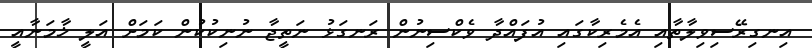
އިނގިރޭސިވިލާތާއި އެމެރިކާގައި އުފައްދާ ވެކްސިނުން ރަނގަޅު ނަތީޖާ ނުނިކުކުން ކަމަށް އަލީ ޚާމަނާއީ